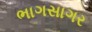
ભાગસાગર